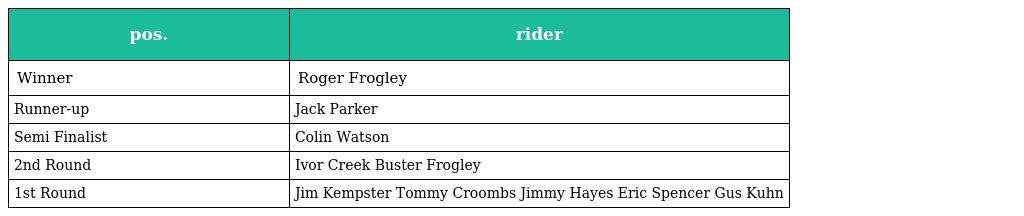
| pos. | rider |
 | --- | --- |
 | Winner | Roger Frogley |
 | Runner-up | Jack Parker |
 | Semi Finalist | Colin Watson |
 | 2nd Round | Ivor Creek Buster Frogley |
 | 1st Round | Jim Kempster Tommy Croombs Jimmy Hayes Eric Spencer Gus Kuhn |